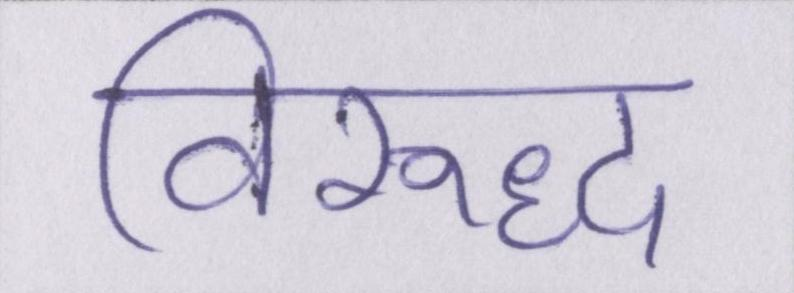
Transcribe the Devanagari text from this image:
विरूद्ध